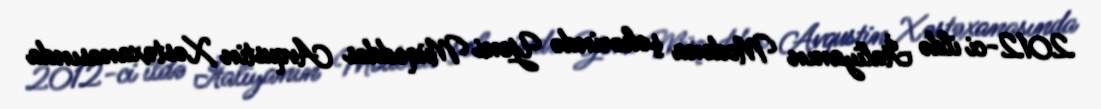
2012-ci ildə İtaliyanın Modena şəhərində Yeni Müqəddəs Avqustin Xəstəxanasında